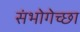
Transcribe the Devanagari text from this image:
संभोगेच्छा